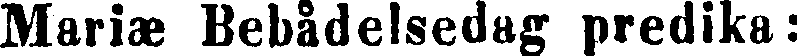
Mariæ Bebådelsedag predika: